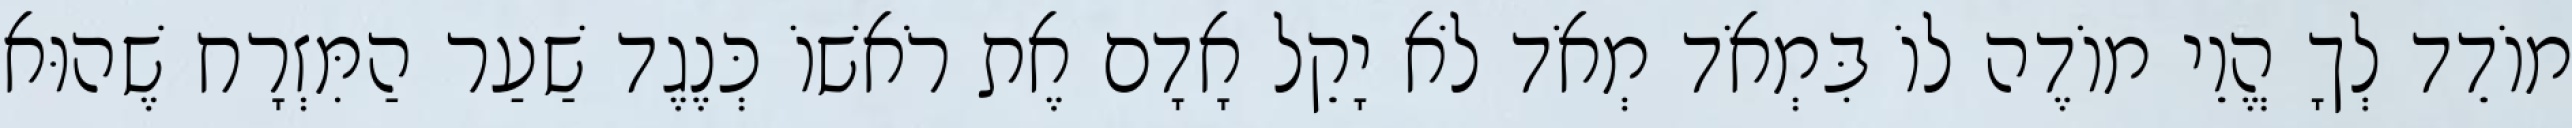
מוֹדֵד לְךָ הֱוֵי מוֹדֶה לוֹ בִּמְאֹד מְאֹד לֹא יָקֵל אָדָם אֶת רֹאשׁוֹ כְּנֶגֶד שַׁעַר הַמִּזְרָח שֶׁהוּא